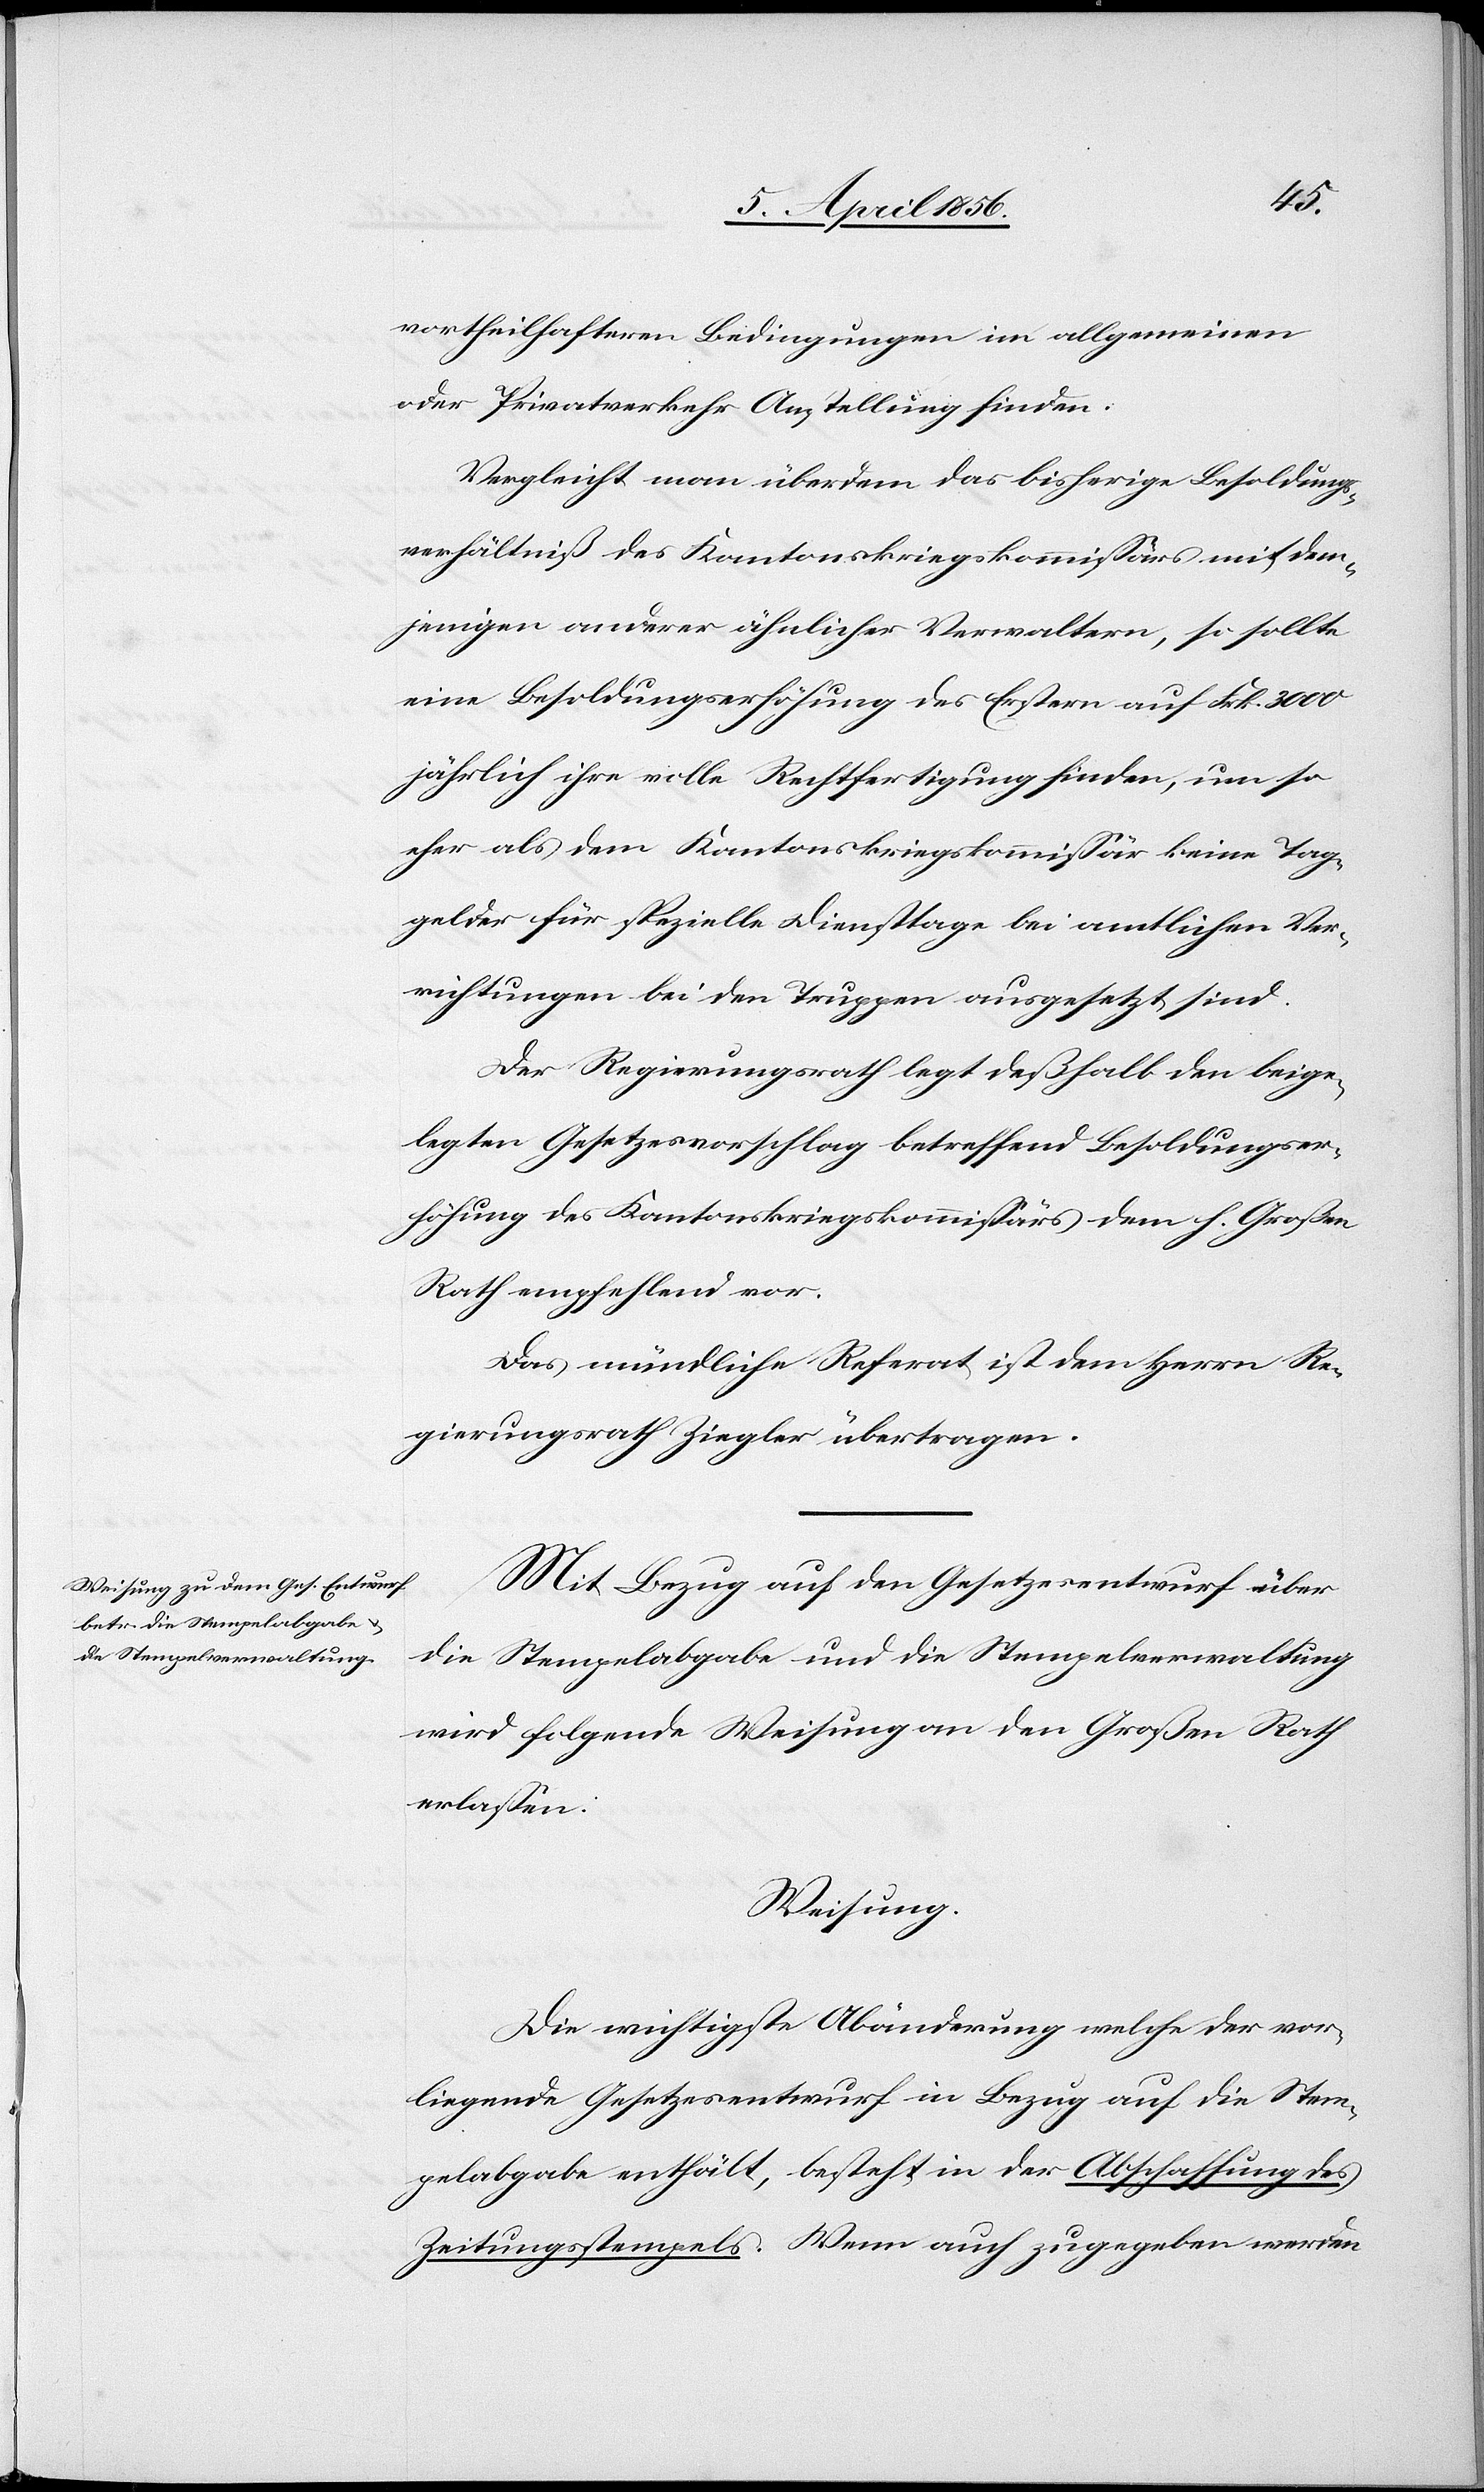
vortheilhafteren Bedingungen im allgemeinen
oder Privatverkehr Anstellung finden.
Vergleicht man überdem das bisherige Besoldungs¬
verhältniß des Kantonskriegskommissärs mit dem¬
jenigen anderer ähnlicher Verwaltern, so sollte
eine Besoldungserhöhung des Erstern auf Frk. 3000
jährlich ihre volle Rechtfertigung finden, um so
eher als dem Kantonskriegskommissär keine Tag¬
gelder für spezielle Diensttage bei amtlichen Ver¬
richtungen bei den Truppen ausgesetzt sind.
Der Regierungsrath legt deßhalb den beige¬
legten Gesetzesvorschlag betreffend Besoldungser¬
höhung des Kantonskriegskommissärs dem h. Großen
Rath empfehlend vor.
Das mündliche Referat ist dem Herrn Re¬
gierungsrath Ziegler übertragen.
Mit Bezug auf den Gesetzesentwurf über
die Stempelabgabe und die Stempelverwaltung
wird folgende Weisung an den Großen Rath
erlassen:
Weisung.
Die wichtigste Abänderung welche der vor¬
liegende Gesetzesentwurf in Bezug auf die Stem¬
pelabgabe enthält, besteht in der Abschaffung des
Zeitungsstempels. Wenn auch zugegeben werden